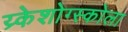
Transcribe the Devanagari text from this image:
य्र्केशोग्स्कोला